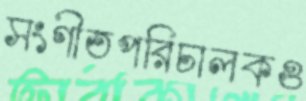
সংগীতপরিচালকও